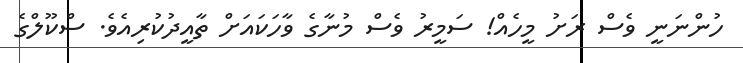
ހުންނަނީ ވެސް ރަށު މީހެއް! ސަމީރު ވެސް މުނާގެ ވާހަކައަށް ތާއީދުކުރިއެވެ. ސްކޫލްގެ